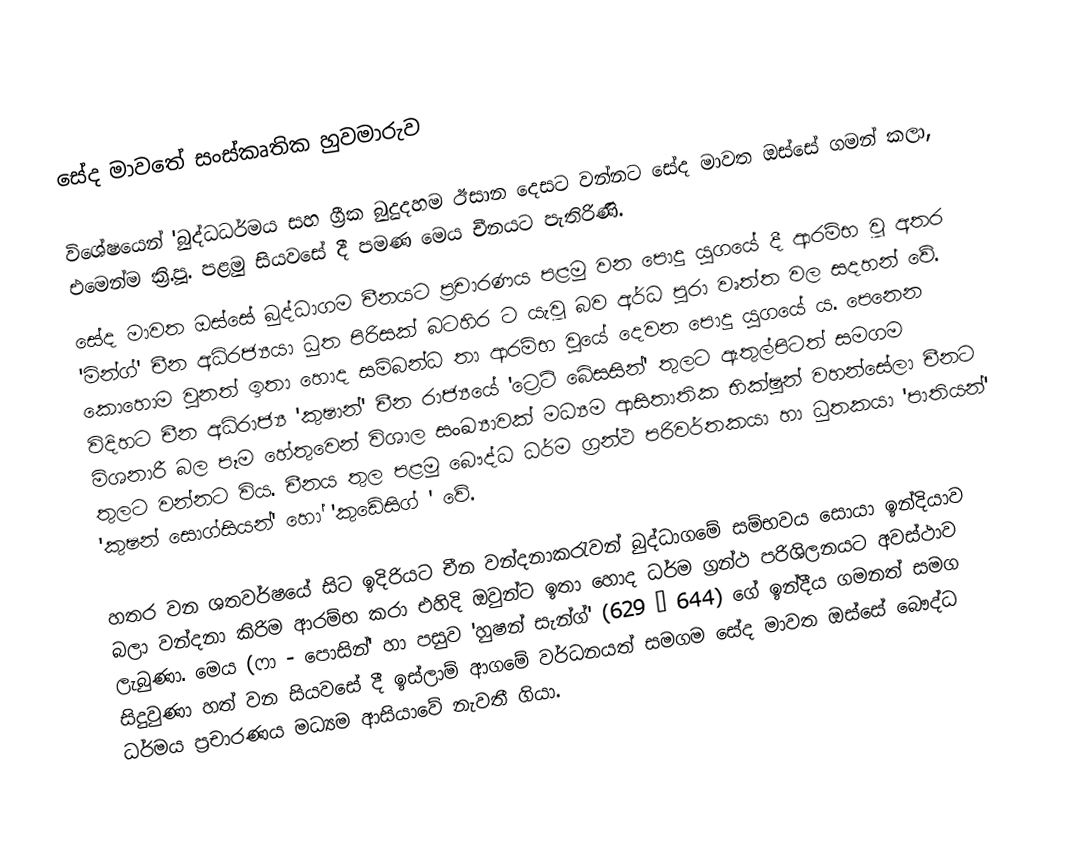
සේද මාව‍තේ සංස්කෘතික හුවමාරුව

විශේෂයෙන් 'බුද්ධධර්මය සහ ග්‍රීක  බුදුදහම ඊසාන දෙසට වන්නට සේද මාවත ඔස්සේ ගමන් කලා, එමෙන්ම ක්‍රි.පූ. පළමු සියවසේ දී පමණ මෙය චීනයට පැතිරිණි.
සේද මාවත ඔස්සේ බුද්ධාගම චීනයට ප්‍රචාරණය පළමු වන පොදු යුගයේ දී  ආරම්භ වූ අතර 'මින්ග්' චීන අධිරජ්‍යයා ධුත පිරිසක් බටහිර ට යැවූ බව අර්ධ පුරා වෘත්ත වල සදහන් වේ. කොහොම වුනත් ඉතා හොද සම්බන්ධ තා ආරම්භ වුයේ දෙවන පොදු යුගයේ ය. පෙනෙන විදිහට චීන අධිරාජ්‍ය 'කුෂාන්' චීන රාජ්‍යයේ 'ට්‍රෙට් බේසසින්' තුලට ඇතුල්පිටත් සමගම මිශනාරී බල පෑම හේතුවෙන් විශාල සංඛ්‍යාවක් මධ්‍යම ආසිතාතික භික්ෂුන් වහන්සේලා චීනට තුලට වන්නට විය. චීනය තුල පළමු බෞද්ධ  ධර්ම ග්‍රන්ථ පරිවර්තකයා හා ධුතකයා 'පාතියන්' 'කුෂන් සොග්සියන්' හෝ 'කුඩේසිග් ' වේ.

හතර වන ශතවර්ෂයේ සිට ඉදිරියට චීන වන්දනාකරැවන් බුද්ධාගමේ සම්භවය සොයා ඉන්දියාව බලා වන්දනා කිරිම ආරම්භ කරා එහිදි ඔවුන්ට ඉතා හොද ධර්ම ග්‍රන්ථ පරිශිලනයට අවස්ථාව ලැබුණා. මෙය (ෆා - පොසින්' හා පසුව 'හුෂන් සැන්ග්' (629 – 644) ගේ ඉන්දීය ගමනත් සමග සිදුවුණා හත් වන සියවසේ දී ඉස්ලාම් ආගමේ වර්ධනයත් සමගම සේද මාවත ඔස්සේ බෞද්ධ ධර්මය ප්‍රචාරණය මධ්‍යම ආසියාවේ නැවතී ගියා.